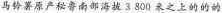
马铃薯原产秘鲁南部海拔3800米之上的的的